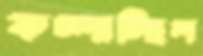
কচ্‌লাচ্ছিল